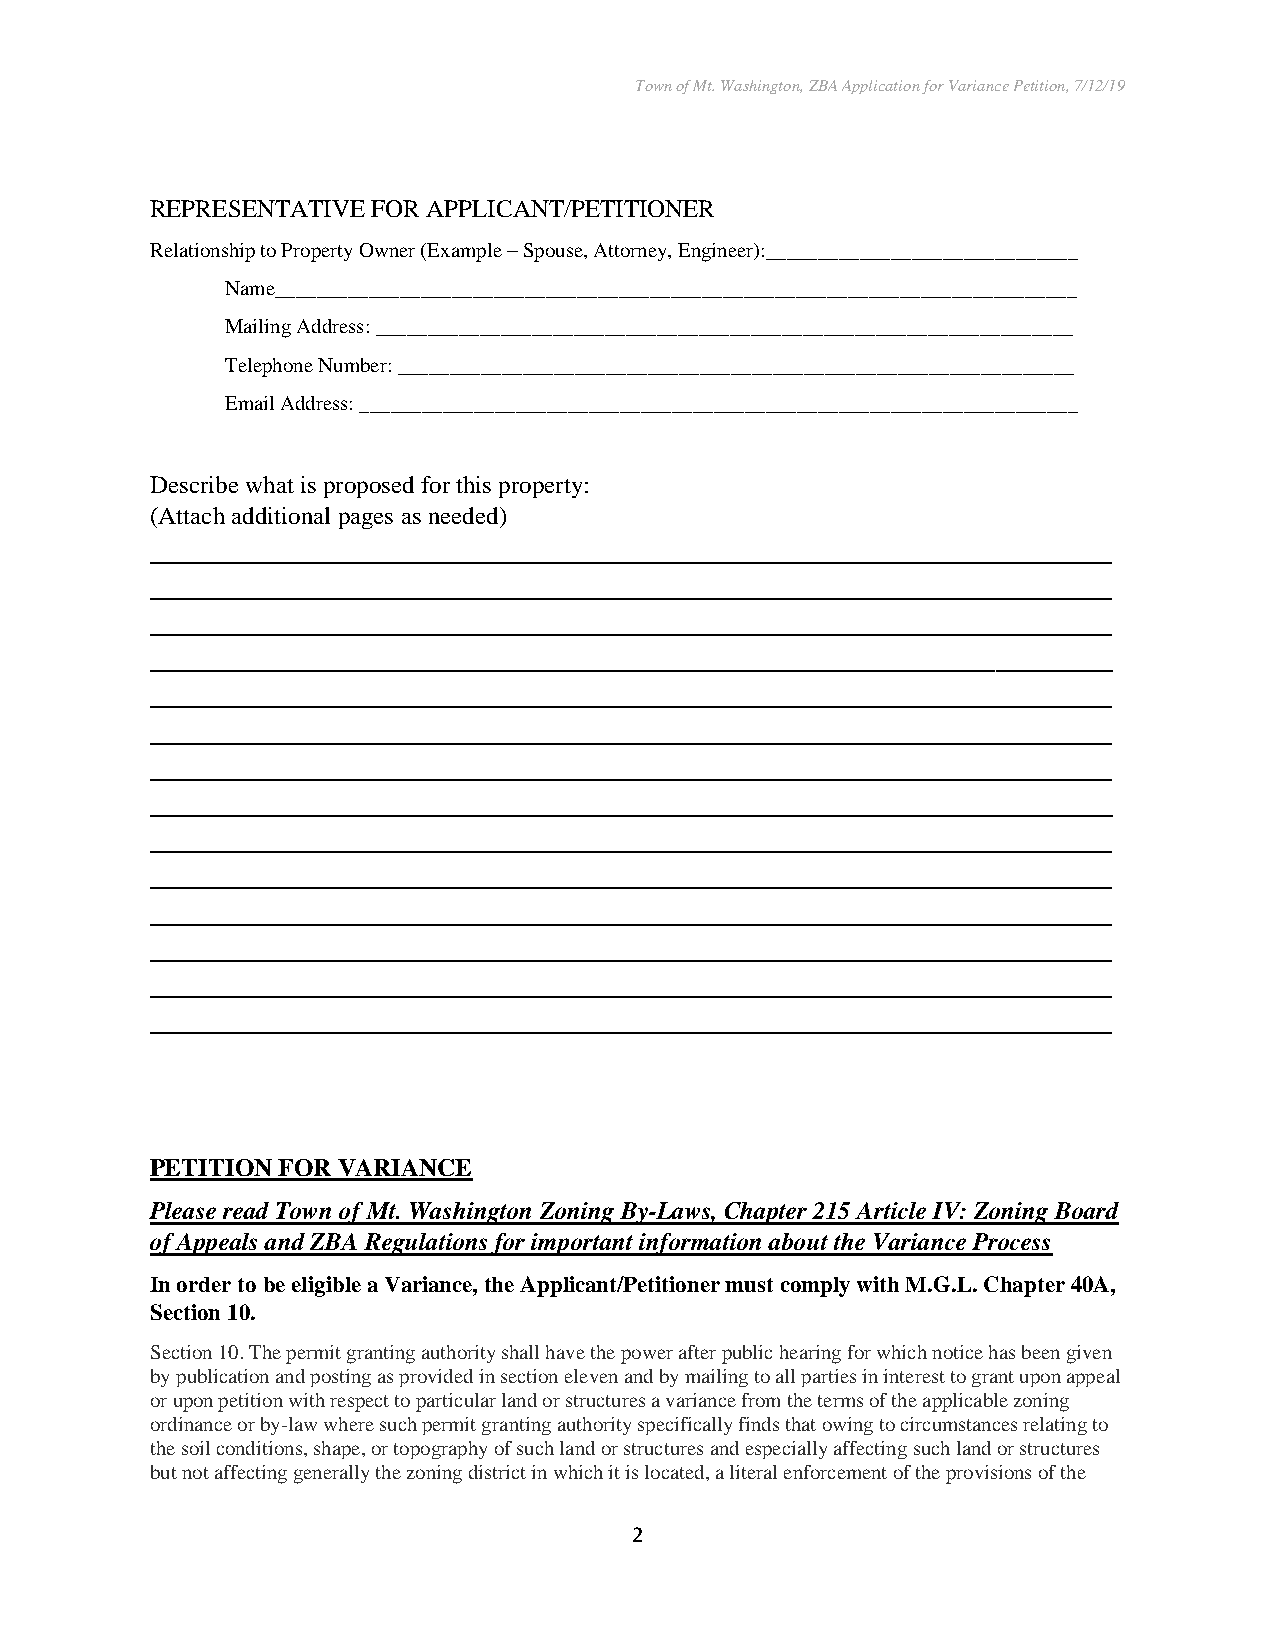
Town of Mt. Washington, ZBA Application for Variance Petition, 7/12/19
 REPRESENTATIVE FOR APPLICANT/PETITIONER
 Relationship to Property Owner (Example – Spouse, Attorney, Engineer):______________________________
 Name_____________________________________________________________________________
 Mailing Address: ___________________________________________________________________
 Telephone Number: _________________________________________________________________
 Email Address: _____________________________________________________________________
 Describe what is proposed for this property:
 (Attach additional pages as needed)
 __________________________________________________________________
 __________________________________________________________________
 __________________________________________________________________
 __________________________________________________________________
 __________________________________________________________________
 __________________________________________________________________
 __________________________________________________________________
 __________________________________________________________________
 __________________________________________________________________
 __________________________________________________________________
 __________________________________________________________________
 __________________________________________________________________
 __________________________________________________________________
 __________________________________________________________________
 PETITION FOR VARIANCE
 Please read Town of Mt. Washington Zoning By-Laws, Chapter 215 Article IV: Zoning Board
 of Appeals and ZBA Regulations for important information about the Variance Process
 In order to be eligible a Variance, the Applicant/Petitioner must comply with M.G.L. Chapter 40A,
 Section 10.
 Section 10. The permit granting authority shall have the power after public hearing for which notice has been given
 by publication and posting as provided in section eleven and by mailing to all parties in interest to grant upon appeal
 or upon petition with respect to particular land or structures a variance from the terms of the applicable zoning
 ordinance or by-law where such permit granting authority specifically finds that owing to circumstances relating to
 the soil conditions, shape, or topography of such land or structures and especially affecting such land or structures
 but not affecting generally the zoning district in which it is located, a literal enforcement of the provisions of the
 2